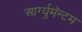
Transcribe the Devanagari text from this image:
आर्ग्युमॅन्टम